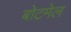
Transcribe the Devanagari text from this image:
बोटमेल